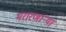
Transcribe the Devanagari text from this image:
भरारणाऱ्या